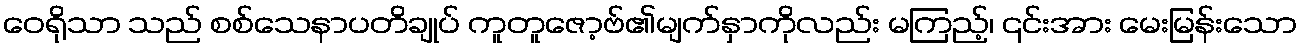
ဝေရိုသာ သည် စစ်သေနာပတိချုပ် ကူတူဇော့ဗ်၏မျက်နှာကိုလည်း မကြည့်၊ ၎င်းအား မေးမြန်းသော